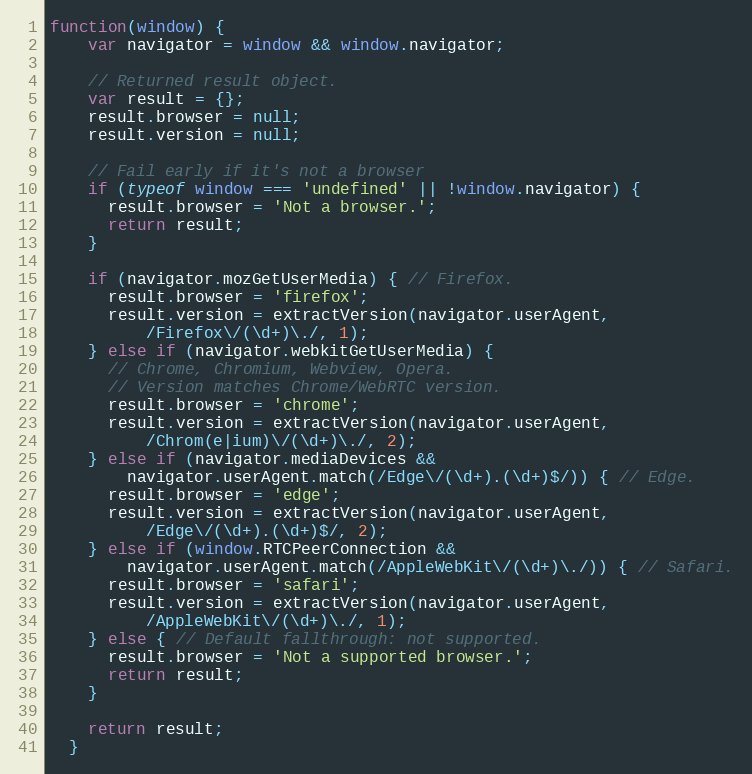
Language: JavaScript
function(window) {
    var navigator = window && window.navigator;

    // Returned result object.
    var result = {};
    result.browser = null;
    result.version = null;

    // Fail early if it's not a browser
    if (typeof window === 'undefined' || !window.navigator) {
      result.browser = 'Not a browser.';
      return result;
    }

    if (navigator.mozGetUserMedia) { // Firefox.
      result.browser = 'firefox';
      result.version = extractVersion(navigator.userAgent,
          /Firefox\/(\d+)\./, 1);
    } else if (navigator.webkitGetUserMedia) {
      // Chrome, Chromium, Webview, Opera.
      // Version matches Chrome/WebRTC version.
      result.browser = 'chrome';
      result.version = extractVersion(navigator.userAgent,
          /Chrom(e|ium)\/(\d+)\./, 2);
    } else if (navigator.mediaDevices &&
        navigator.userAgent.match(/Edge\/(\d+).(\d+)$/)) { // Edge.
      result.browser = 'edge';
      result.version = extractVersion(navigator.userAgent,
          /Edge\/(\d+).(\d+)$/, 2);
    } else if (window.RTCPeerConnection &&
        navigator.userAgent.match(/AppleWebKit\/(\d+)\./)) { // Safari.
      result.browser = 'safari';
      result.version = extractVersion(navigator.userAgent,
          /AppleWebKit\/(\d+)\./, 1);
    } else { // Default fallthrough: not supported.
      result.browser = 'Not a supported browser.';
      return result;
    }

    return result;
  }